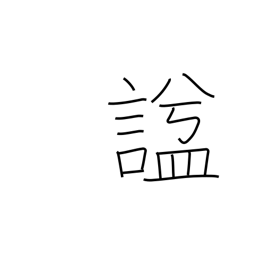
Meaning: posthumous name